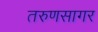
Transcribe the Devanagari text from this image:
तरुणसागर